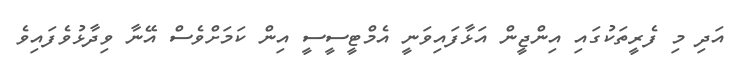
އަދި މި ފެރީތަކުގައި އިންޖީން އަޅާފައިވަނީ އެމްޓީސީސީ އިން ކަމަށްވެސް އޭނާ ވިދާޅުވެފައިވެ